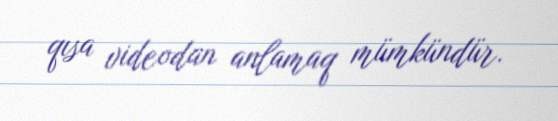
qısa videodan anlamaq mümkündür.